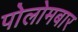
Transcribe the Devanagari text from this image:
पोलोमबार